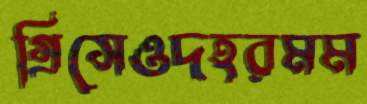
গ্রিসেওদহরমম